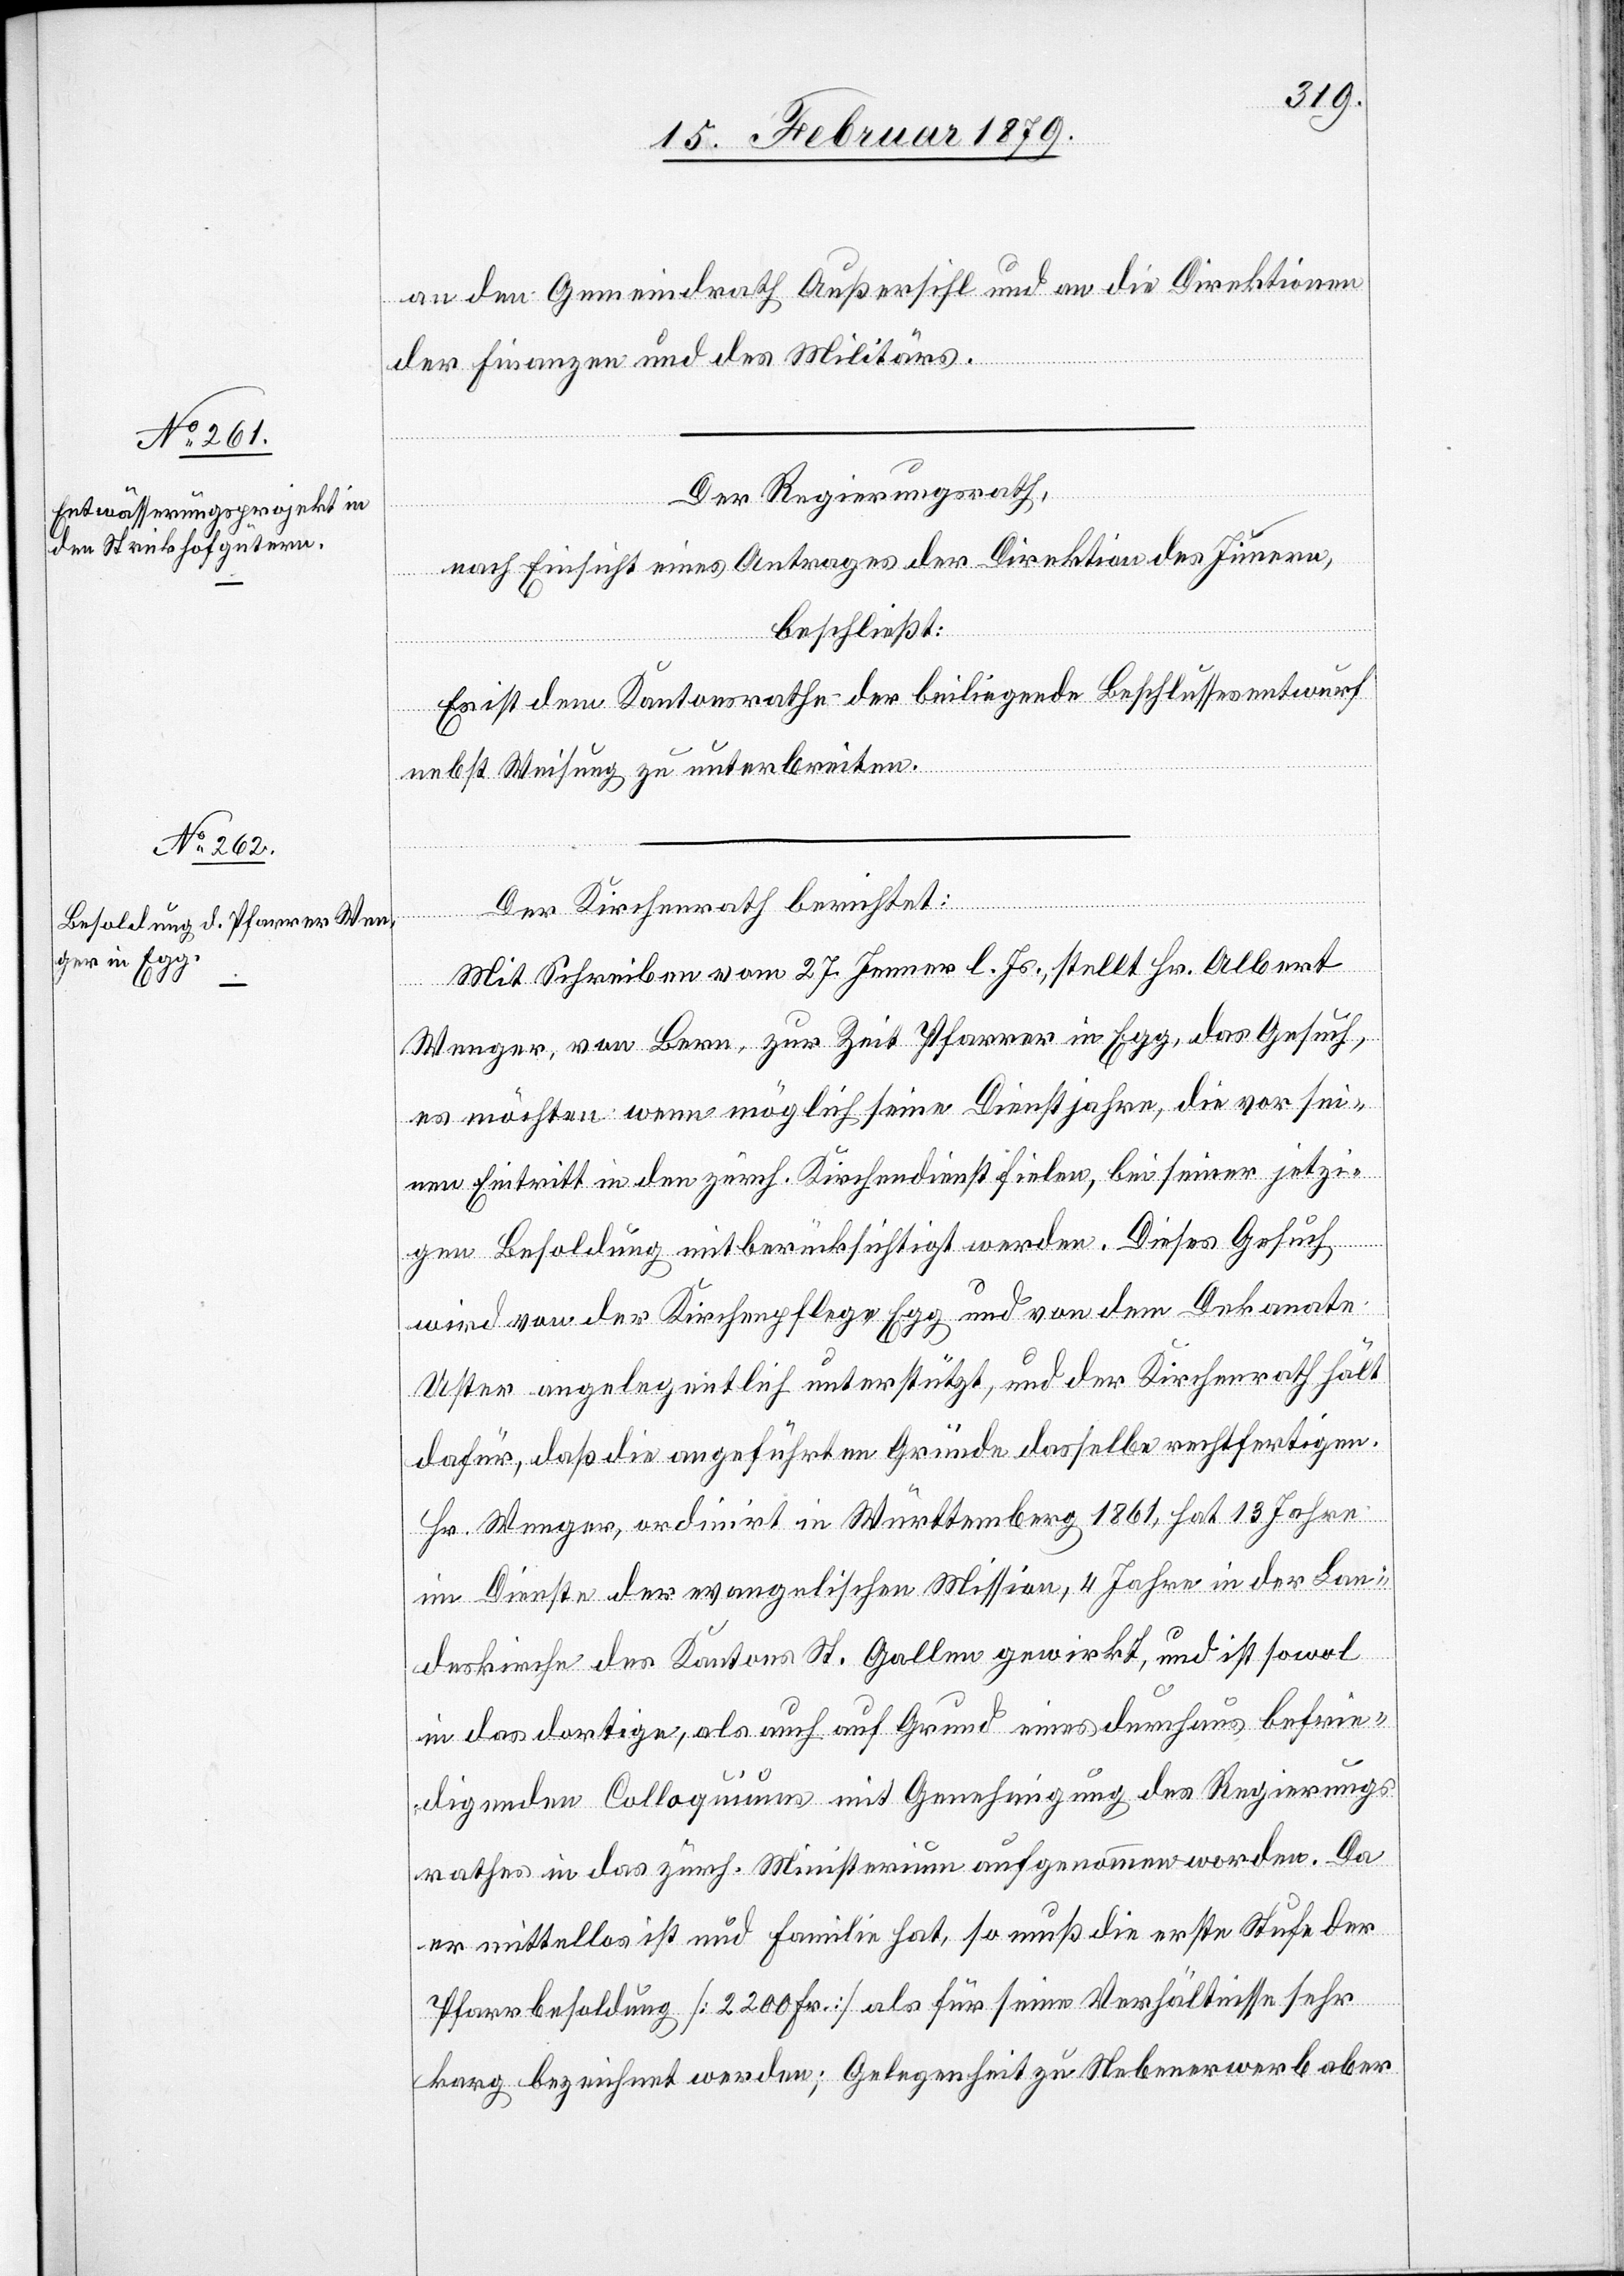
an den Gemeindrath Außersihl und an die Direktionen
der Finanzen und des Militärs.
Der Regierungsrath,
nach Einsicht eines Antrages der Direktion des Innern,
beschließt:
Es ist dem Kantonsrathe der beiliegende Beschlussesentwurf
nebst Weisung zu unterbreiten.
Der Kirchenrath berichtet:
Mit Schreiben vom 27. Jenner l. Js., stellt Hr. Albert
Wenger, von Bern, zur Zeit Pfarrer in Egg, das Gesuch,
es möchten wenn möglich seine Dienstjahre, die vor sei¬
nen Eintritt in den zürch. Kirchendienst fielen, bei seiner jetzi¬
gen Besoldung mit berücksichtigt werden. Dieses Gesuch
wird von der Kirchenpflege Egg und von dem Dekanate
Uster angelegentlich unterstützt, und der Kirchenrath hält
dafür, daß die angeführten Gründe dasselbe rechtfertigen.
Hr. Wenger, ordinirt in Württemberg 1861, hat 13 Jahre
im Dienste der evangelischen Mission, 4 Jahre in der Lan¬
deskirche des Kantons St. Gallen gewirkt, und ist sowol
in das dortige, als auch auf Grund eines durchaus befrie¬
digenden Colloquiums mit Genehmigung des Regierungs¬
rathes in das zürch. Ministerium aufgenommen worden. Da
er mittellos ist und Familie hat, so muß die erste Stufe der
Pfarrbesoldung [2200 Fr.] als für seine Verhältnisse sehr
karg bezeichnet werden; Gelegenheit zu Nebenerwerb aber